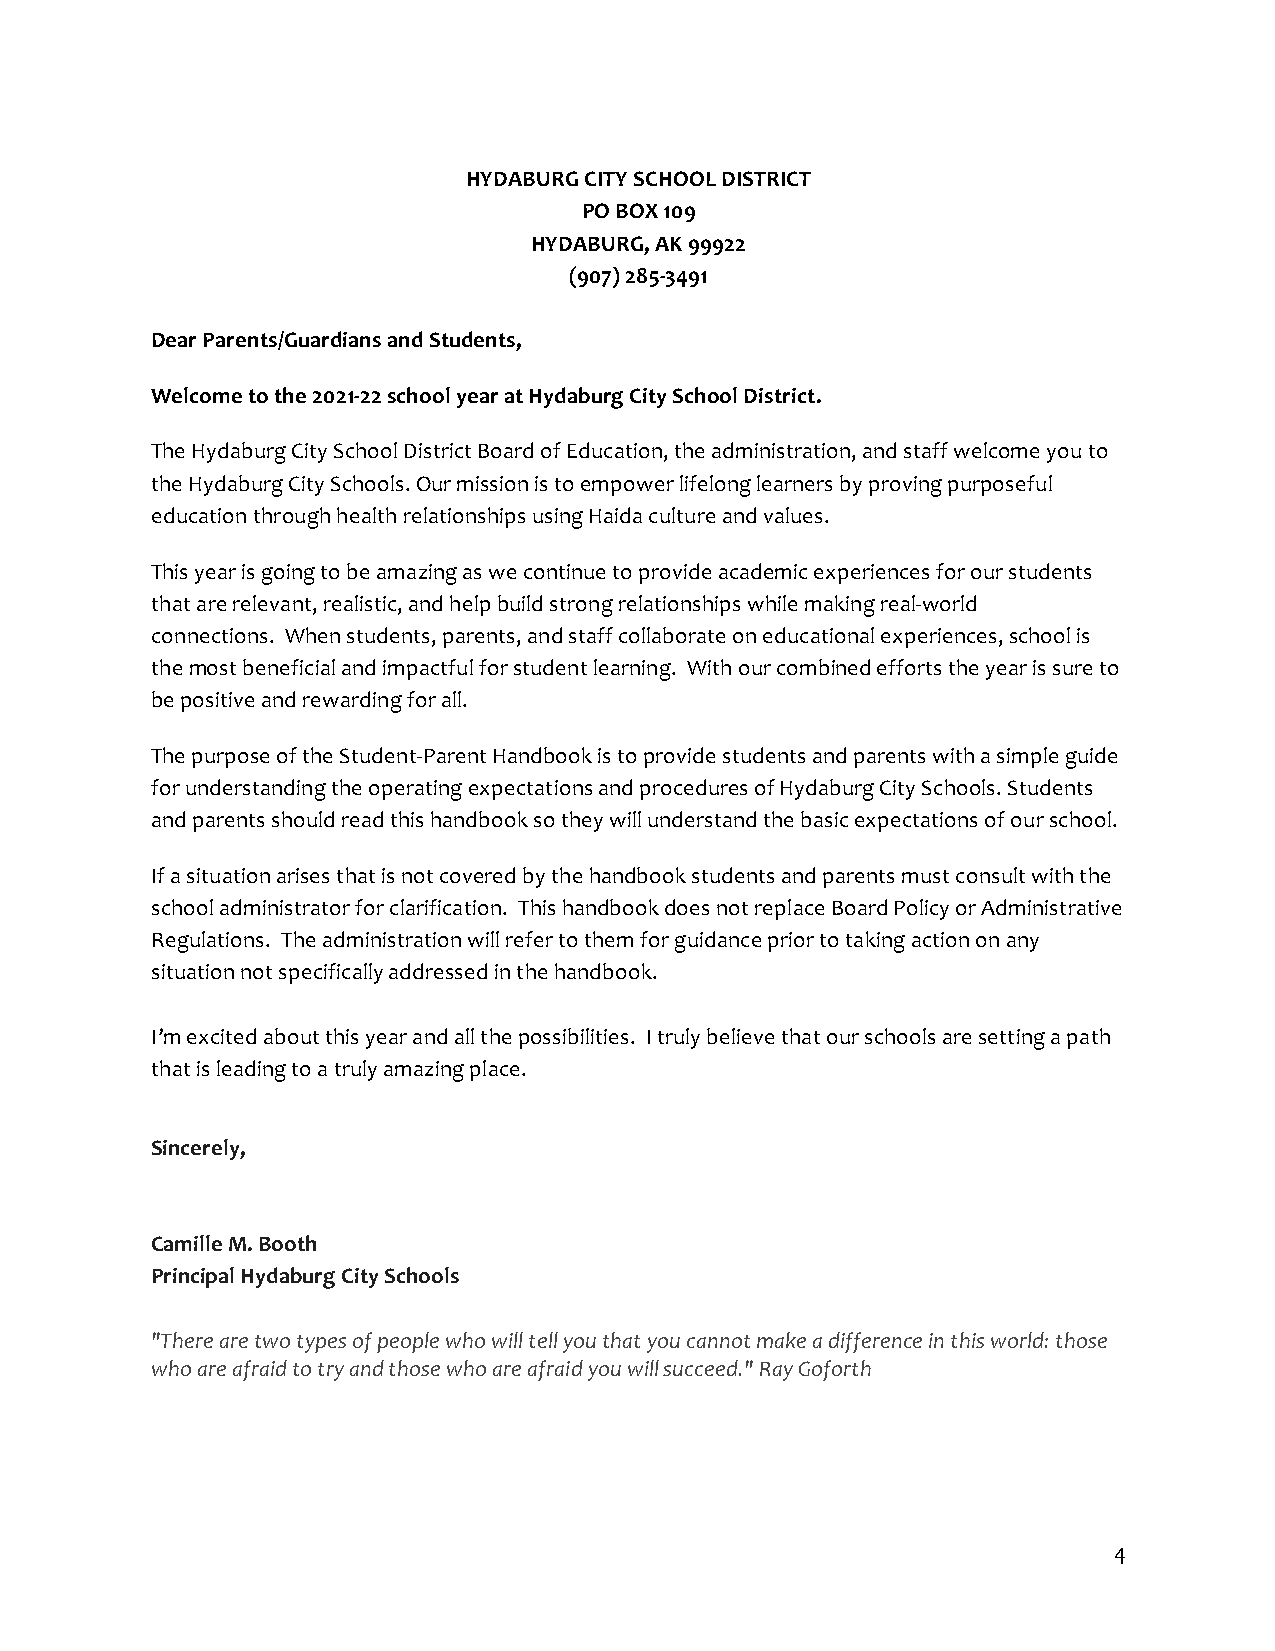
HYDABURG CITY SCHOOL DISTRICT
 PO BOX 109
 HYDABURG, AK 99922
 (907) 285-3491
 Dear Parents/Guardians and Students,
 Welcome to the 2021-22 school year at Hydaburg City School District.
 The Hydaburg City School District Board of Education, the administration, and staff welcome you to
 the Hydaburg City Schools. Our mission is to empower lifelong learners by proving purposeful
 education through health relationships using Haida culture and values.
 This year is going to be amazing as we continue to provide academic experiences for our students
 that are relevant, realistic, and help build strong relationships while making real-world
 connections. When students, parents, and staff collaborate on educational experiences, school is
 the most beneficial and impactful for student learning. With our combined efforts the year is sure to
 be positive and rewarding for all.
 The purpose of the Student-Parent Handbook is to provide students and parents with a simple guide
 for understanding the operating expectations and procedures of Hydaburg City Schools. Students
 and parents should read this handbook so they will understand the basic expectations of our school.
 If a situation arises that is not covered by the handbook students and parents must consult with the
 school administrator for clarification. This handbook does not replace Board Policy or Administrative
 Regulations. The administration will refer to them for guidance prior to taking action on any
 situation not specifically addressed in the handbook.
 I’m excited about this year and all the possibilities. I truly believe that our schools are setting a path
 that is leading to a truly amazing place.
 Sincerely,
 Camille M. Booth
 Principal Hydaburg City Schools
 "There are two types of people who will tell you that you cannot make a difference in this world: those
 who are afraid to try and those who are afraid you will succeed." Ray Goforth
 4